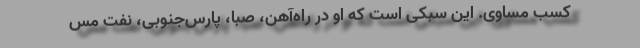
کسب مساوی. این سبکی است که او در راه‌آهن، صبا، پارس‌جنوبی، نفت مس